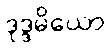
ဒုဒ္ဒမိယော